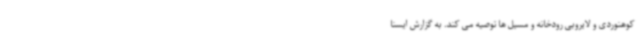
کوهنوردی و لایروبی رودخانه و مسیل ها توصیه می کند. به گزارش ایسنا